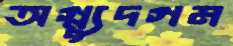
অগ্ন্যুদগম